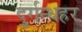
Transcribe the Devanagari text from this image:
दुर्गन्धहर